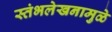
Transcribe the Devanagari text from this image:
स्तंभलेखनामुळे